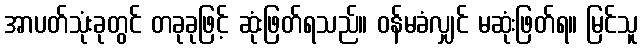
အာပတ်သုံးခုတွင် တခုခုဖြင့် ဆုံးဖြတ်ရသည်။ ဝန်မခံလျှင် မဆုံးဖြတ်ရ။ မြင်သူ